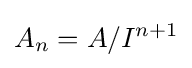
A_{n}=A/I^{n+1}